Sketch of the medical history of the native army of Bombay, for the year
Year: 1872
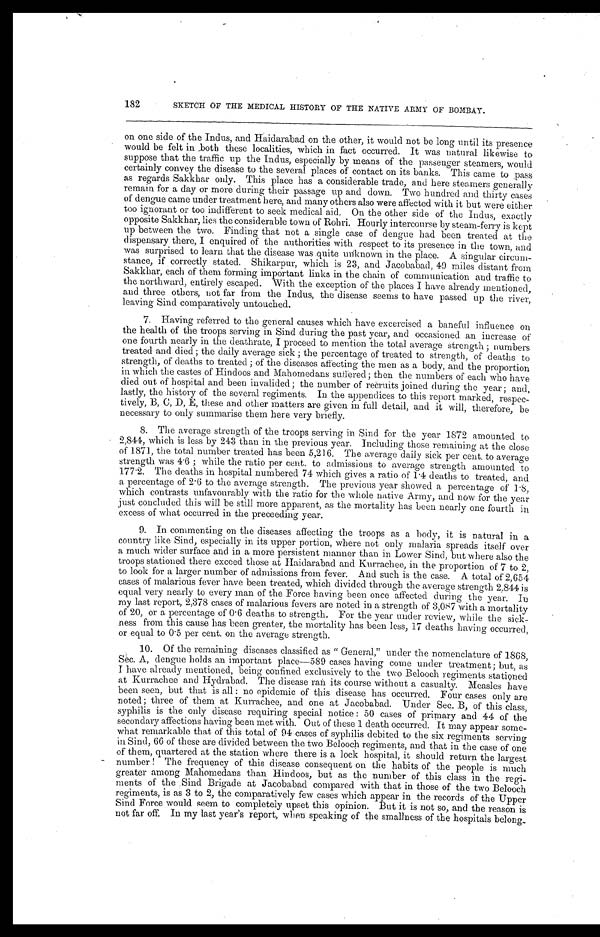
182
SKETCH OF THE MEDICAL HISTORY OF THE NATIVE ARMY OF BOMBAY.
on one side of the Indus, and Haidarabad on the other, it would not be long until its presence
would be felt in both these localities, which in fact occurred. It was natural likewise to
suppose that the traffic up the Indus, especially by means of the passenger steamers, would
certainly convey the disease to the several places of contact on its banks. This came to pass
as regards Sakkhar only. This place has a considerable trade, and here steamers generally
remain for a day or more during their passage up and down. Two hundred and thirty cases
of dengue came under treatment here, and many others also were affected with it but were either
too ignorant or too indifferent to seek medical aid. On the other side of the Indus, exactly
opposite Sakkhar, lies the considerable town of Rohri. Hourly intercourse by steam-ferry is kept
up between the two. Finding that not a single case of dengue had been treated at the
dispensary there, I enquired of the authorities with respect to its presence in the town, and
was surprised to learn that the disease was quite unknown in the place. A singular circum-
stance, if correctly stated. Shikarpur, which is 23, and Jacobabad, 49 miles distant from
Sakkhar, each of them forming important links in the chain of communication and traffic to
the northward, entirely escaped. With the exception of the places I have already mentioned,
and three others, not far from the Indus, the disease seems to have passed up the river,
leaving Sind comparatively untouched.
7. Having referred to the general causes which have excercised a baneful influence on
the health of the troops serving in Sind during the past year, and occasioned an increase of
one fourth nearly in the deathrate, I proceed to mention the total average strength; numbers
treated and died; the daily average sick; the percentage of treated to strength, of deaths to
strength, of deaths to treated; of the diseases affecting the men as a body, and the proportion
in which the castes of Hindoos and Mahomedans suffered; then the numbers of each who have
died out of hospital and been invalided; the number of recruits joined during the year; and,
lastly, the history of the several regiments. In the appendices to this report marked, respec-
tively, B, C, D, E, these and other matters are given in full detail, and it will, therefore, be
necessary to only summarise them here very briefly.
8. The average strength of the troops serving in Sind for the year 1872 amounted to
2,844 which is less by 243 than in the previous year. Including those remaining at the close
of 1871, the total number treated has been 5,216. The average daily sick per cent. to average
strength was 4 . 6; while the ratio per cent. to admissions to average strength amounted to
177.2. The deaths in hospital numbered 74 which gives a ratio of 1 .4 deaths to treated, and
a percentage of 2 . 6 to the average strength. The previous year showed a percentage of 1.8,
which contrasts unfavourably with the ratio for the whole native Army, and now for the year
just concluded this will be still more apparent, as the mortality has been nearly one fourth in
excess of what occurred in the preceeding year.
9. In commenting on the diseases affecting the troops as a body, it is natural in a
country like Sind, especially in its upper portion, where not only malaria spreads itself over
a much wider surface and in a more persistent manner than in Lower Sind, but where also the
troops stationed there exceed those at Haidarabad and Kurrachee, in the proportion of 7 to 2,
to look for a larger number of admissions from fever. And such is the case. A total of 2,654
cases of malarious fever have been treated, which divided through the average strength 2,844 is
equal very nearly to every man of the Force having been once affected during the year. In
my last report, 2,378 cases of malarious fevers are noted in a strength of 3,087 with a mortality
of 20, or a percentage of 0 . 6 deaths to strength. For the year under review, while the sick-
ness from this cause has been greater, the mortality has been less, 17 deaths having occurred,
or equal to 0.5 per cent. on the average strength.
10.
Of the remaining diseases classified as " General," under the nomenclature of 1868,
Sec. A, dengue holds an important place—589 cases having come under treatment; but, as
I have already mentioned, being confined exclusively to the two Belooch regiments stationed
at Kurrachee and Hydrabad. The disease ran its course without a casualty. Measles have
been seen, but that is all: no epidemic of this disease has occurred. Four cases only are
noted; three of them at Kurrachee, and one at Jacobabad. Under Sec. B, of this class,
syphilis is the only disease requiring special notice: 50 cases of primary and 44 of the
secondary affections having been met with. Out of these 1 death occurred. It may appear some-
what remarkable that of this total of 94 cases of syphilis debited to the six regiments serving
in Sind, 66 of these are divided between the two Belooch regiments, and that in the case of one
of them, quartered at the station where there is a lock hospital, it should return the largest
number ! The frequency of this disease consequent on the habits of the people is much
greater among Mahomedans than Hindoos, but as the number of this class in the regi-
ments of the Sind Brigade at Jacobabad compared with that in those of the two Belooch
regiments, is as 3 to 2, the comparatively few cases which appear in the records of the Upper
Sind Force would seem to completely upset this opinion. But it is not so, and the reason is
not far off. In my last year's report, when speaking of the smallness of the hospitals belong-